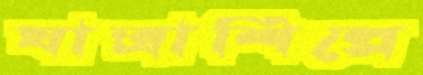
যাত্রাশিল্পে